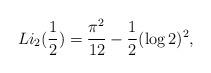
LaTeX: \begin{align*} Li_2(\frac{1}{2}) = \frac{\pi^2}{12} - \frac{1}{2} (\log 2)^2, \end{align*}